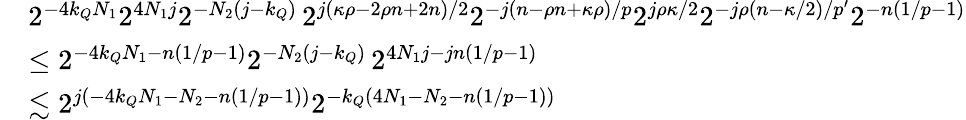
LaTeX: \begin{array}{rl}&{2^{-4k_{Q}N_{1}}2^{4N_{1}j}2^{-N_{2}(j-k_{Q})}\, 2^{j(\kappa\rho-2\rho n+2n)/2}2^{-j(n-\rho n+\kappa\rho)/p}2^{j\rho\kappa/2}2^{-j\rho(n-\kappa/2)/p^{\prime}}2^{-n(1/p-1)}}\\ &{\leq 2^{-4k_{Q}N_{1}-n(1/p-1)}2^{-N_{2}(j-k_{Q})}\, 2^{4N_{1}j-jn(1/p-1)}}\\ &{\lesssim 2^{j({-4k_{Q}N_{1}-N_{2}-n(1/p-1)})}2^{-k_{Q}({4N_{1}-N_{2}-n(1/p-1)})}}\end{array}